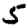
Digit: 5